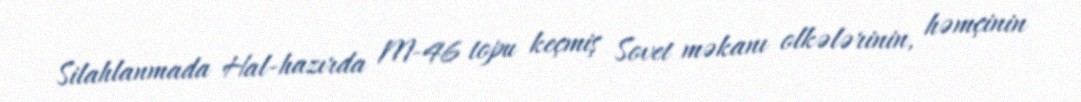
Silahlanmada Hal-hazırda M-46 topu keçmiş Sovet məkanı olkələrinin, həmçinin